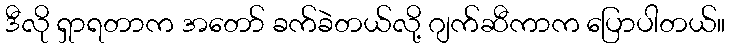
ဒီလို ရှာရတာက အတော် ခက်ခဲတယ်လို့ ဂျက်ဆီကာက ပြောပါတယ်။